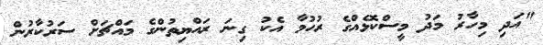
"އަދި މިހާރު މަދު މީސްކޮޅެއްގެ ރުހުމާ އެކު ގިނަ ރައްޔިތުންގެ މައްޗަށް ސަރުކާރުން